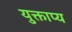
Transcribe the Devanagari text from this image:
युक्ताप्य